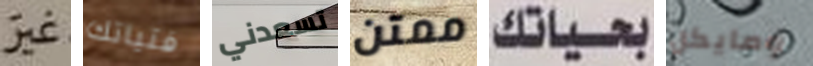
غير فتياتك تسعدني ممتن بحياتك ومايكل